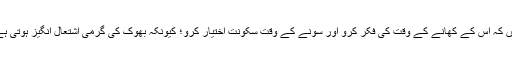
پانچویں اور چھٹے سلیقے یہ ہیں کہ اس کے کھانے کے وقت کی فکر کرو اور سونے کے وقت سکونت اختیار کرو؛ کیونکہ بھوک کی گرمی اشتعال انگیز ہوتی ہے اور نیند کی کدورت کربناک۔